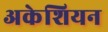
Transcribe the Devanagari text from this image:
अकेशियन